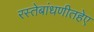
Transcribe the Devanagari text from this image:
रस्तेबांधणीतहेए